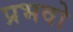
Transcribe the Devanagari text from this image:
प्रभवो